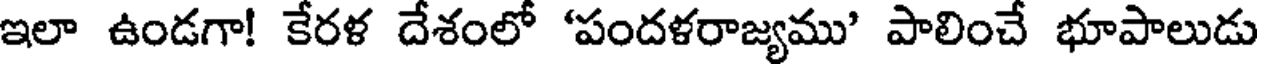
ఇలా ఉండగా! కేరళ దేశంలో 'పందళరాజ్యము' పాలించే భూపాలుడు